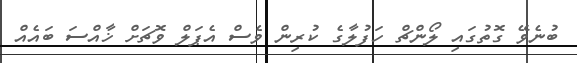
ބުނެވޭ ގޮތުގައި ލޯންޗް ހަފުލާގެ ކުރިން ވެސް އެޕަލް ވޮޗަށް ޚާއްސަ ބައެއް